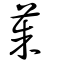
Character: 茱